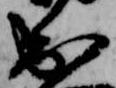
出